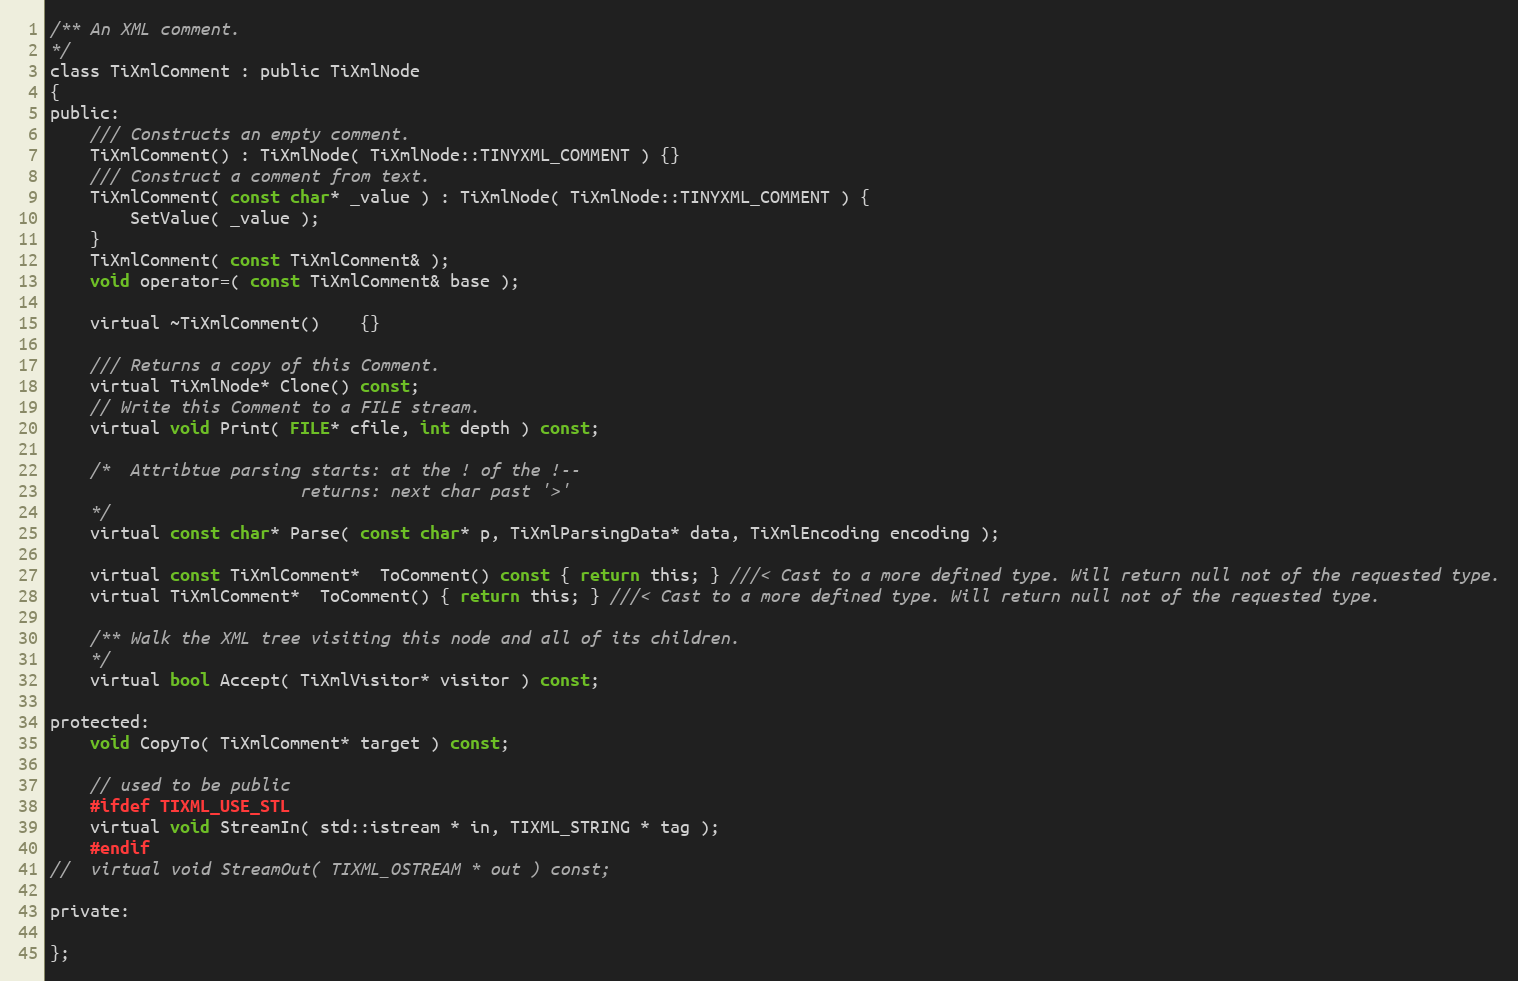
Language: C
/**	An XML comment.
*/
class TiXmlComment : public TiXmlNode
{
public:
	/// Constructs an empty comment.
	TiXmlComment() : TiXmlNode( TiXmlNode::TINYXML_COMMENT ) {}
	/// Construct a comment from text.
	TiXmlComment( const char* _value ) : TiXmlNode( TiXmlNode::TINYXML_COMMENT ) {
		SetValue( _value );
	}
	TiXmlComment( const TiXmlComment& );
	void operator=( const TiXmlComment& base );

	virtual ~TiXmlComment()	{}

	/// Returns a copy of this Comment.
	virtual TiXmlNode* Clone() const;
	// Write this Comment to a FILE stream.
	virtual void Print( FILE* cfile, int depth ) const;

	/*	Attribtue parsing starts: at the ! of the !--
						 returns: next char past '>'
	*/
	virtual const char* Parse( const char* p, TiXmlParsingData* data, TiXmlEncoding encoding );

	virtual const TiXmlComment*  ToComment() const { return this; } ///< Cast to a more defined type. Will return null not of the requested type.
	virtual TiXmlComment*  ToComment() { return this; } ///< Cast to a more defined type. Will return null not of the requested type.

	/** Walk the XML tree visiting this node and all of its children.
	*/
	virtual bool Accept( TiXmlVisitor* visitor ) const;

protected:
	void CopyTo( TiXmlComment* target ) const;

	// used to be public
	#ifdef TIXML_USE_STL
	virtual void StreamIn( std::istream * in, TIXML_STRING * tag );
	#endif
//	virtual void StreamOut( TIXML_OSTREAM * out ) const;

private:

};